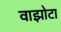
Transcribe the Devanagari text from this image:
वाझोटा